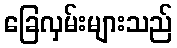
ခြေလှမ်းများသည်